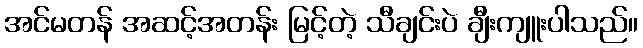
အင်မတန် အဆင့်အတန်း မြင့်တဲ့ သီချင်းပဲ ချီးကျူးပါသည်။